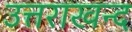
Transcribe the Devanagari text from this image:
उत्तराखन्द